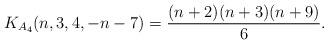
LaTeX: \begin{gather*} K_{A_{4}} (n,3,4,-n-7) = \frac{(n+2)(n+3)(n+9)}{6}.\end{gather*}